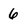
Character: 6